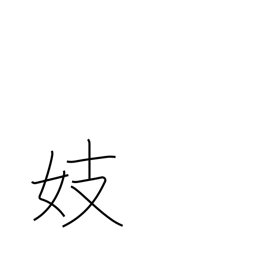
Meaning: singing girl